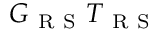
G _ { \mathrm { ~ R ~ S ~ } } T _ { \mathrm { ~ R ~ S ~ } }